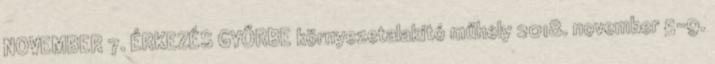
NOVEMBER 7. ÉRKEZÉS GYŐRBE környezetalakító műhely 2018. november 5-9.